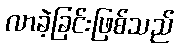
လာခဲ့ခြင်းဖြစ်သည်